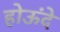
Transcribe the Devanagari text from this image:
होऊंदे